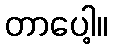
တာပေါ့။